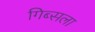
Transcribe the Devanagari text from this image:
गिब्सला